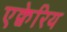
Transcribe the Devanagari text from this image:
एक्वेरिय